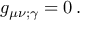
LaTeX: g _ { \mu \nu ; \gamma } = 0 \, .